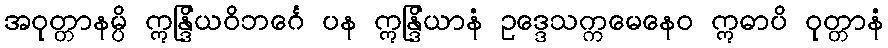
အဝုတ္တာနမ္ပိ ဣန္ဒြိယဝိဘင်္ဂေ ပန ဣန္ဒြိယာနံ ဥဒ္ဒေသက္ကမေနေဝ ဣဓာပိ ဝုတ္တာနံ